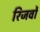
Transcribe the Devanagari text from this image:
रिजर्वो